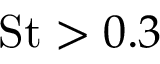
\mathrm { S t } > 0 . 3